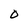
Character: O